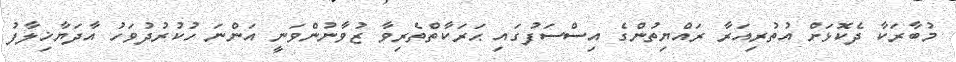
މުބާރަކާ ދެކޮޅަށް އުތުރިއަރާ ރައްޔިތުންގެ އިސްސަފުގައި ޙަރަކާތްތެރިވާ ޒުވާނުންވަނީ އަންނަ ހުކުރުދުވަހު އާދަޔާޚިލާފު